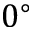
0 ^ { \circ }